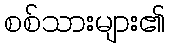
စစ်သားများ၏